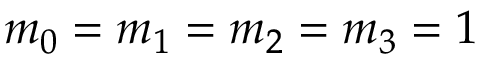
m _ { 0 } = m _ { 1 } = m _ { 2 } = m _ { 3 } = 1